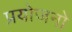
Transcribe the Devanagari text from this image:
प्रयोजनो